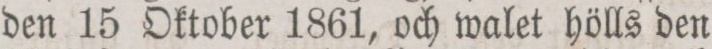
den 15 Oktober 1861, och walet hölls den